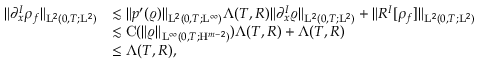
\begin{array} { r l } { \Vert \partial _ { x } ^ { I } \rho _ { f } \Vert _ { \mathrm { L } ^ { 2 } ( 0 , T ; \mathrm { L } ^ { 2 } ) } } & { \lesssim \Vert p ^ { \prime } ( \varrho ) \Vert _ { \mathrm { L } ^ { 2 } ( 0 , T ; \mathrm { L } ^ { \infty } ) } \Lambda ( T , R ) \Vert \partial _ { x } ^ { I } \varrho \Vert _ { \mathrm { L } ^ { 2 } ( 0 , T ; \mathrm { L } ^ { 2 } ) } + \Vert R ^ { I } [ \rho _ { f } ] \Vert _ { \mathrm { L } ^ { 2 } ( 0 , T ; \mathrm { L } ^ { 2 } ) } } \\ & { \lesssim \mathrm { C } ( \Vert \varrho \Vert _ { \mathrm { L } ^ { \infty } ( 0 , T ; \mathrm { H } ^ { m - 2 } ) } ) \Lambda ( T , R ) + \Lambda ( T , R ) } \\ & { \leq \Lambda ( T , R ) , } \end{array}